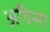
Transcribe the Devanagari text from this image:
अविसो